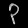
Digit: ၃